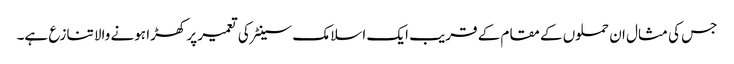
جس کی مثال ان حملوں کے مقام کے قریب ایک اسلامک سینٹر کی تعمیر پر کھڑا ہونے والا تنازع ہے۔